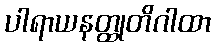
ပါရာယနတ္ထုတိဂါထာ